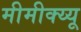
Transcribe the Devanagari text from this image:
मीमीक्य्यू